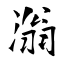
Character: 滃